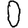
Digit: 0